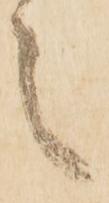
之